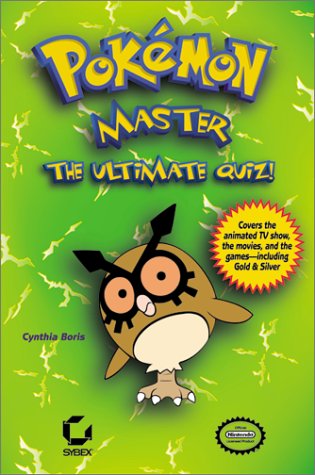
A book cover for Pokemon Master: The Ultimate Quiz!; Cynthia Boris; Computers & Technology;